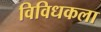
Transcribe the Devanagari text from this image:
विविधकला